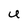
Character: U